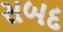
સબદ